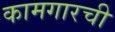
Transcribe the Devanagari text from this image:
कामगारची